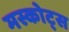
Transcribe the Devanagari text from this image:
मस्कोट्स